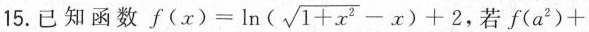
15.已知函数$$f ( x ) = \ln ( \sqrt { 1 + x ^ { 2 } } - x ) + 2$$, 若$$f ( a ^ { 2 } ) +$$